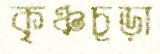
কৃঞ্চচূড়া